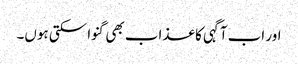
اور اب آگہی کا عذاب بھی گنوا سکتی ہوں۔